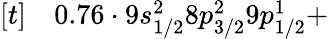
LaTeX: \begin{array}{rl}{[t]}&{{}0.76\cdot 9s_{1/2}^{2}8p_{3/2}^{2}9p_{1/2}^{1}+}\end{array}